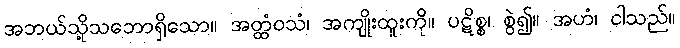
အဘယ်သို့သဘောရှိသော။ အတ္ထံဝသံ၊ အကျိုးထူးကို။ ပဋိစ္စ၊ စွဲ၍။ အဟံ၊ ငါသည်။